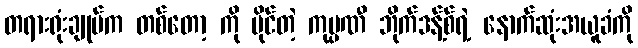
တရားရုံးချုပ်က တစ်တော့ ကို ပိုင်တဲ့ ကုမ္ပဏီ ဘိုက်ဒန့်စ်ရဲ့ နောက်ဆုံးအယူခံကို